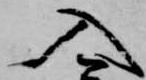
入